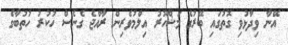
އޭނާ ވިދާޅުވި ގޮތުގައި ބޭރުގެ މަޝްހޫރު އިލްމުވެރިން ރާއްޖެ ގެނެސް ހުކުރު ހުތުބާގެ